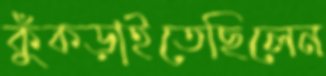
কুঁকড়াইতেছিলেন